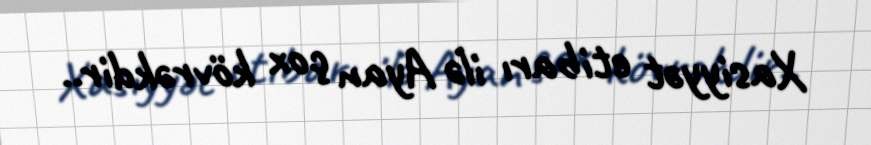
Xasiyyət etibarı ilə Ayan çox kövrəkdir..